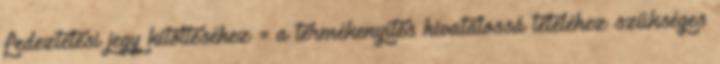
fedeztetési jegy kitöltéséhez = a termékenyítés hivatalossá tételéhez szükséges